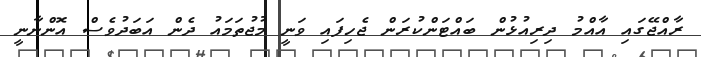
ރާއްޖޭގައި އާއްމު ދިރިއުޅުން ބައްޓަންކުރަން ޖެހިފައި ވަނީ މުޖުތަމައު ދެން އަބަދުވެސް އޮންނާނީ